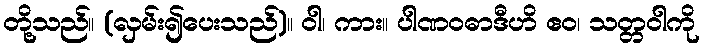
တို့သည်။ (လှမ်း၍ပေးသည်)။ ဝါ၊ ကား။ ပါဏဝဓာဒီဟိ ဧဝ၊ သတ္တဝါကို